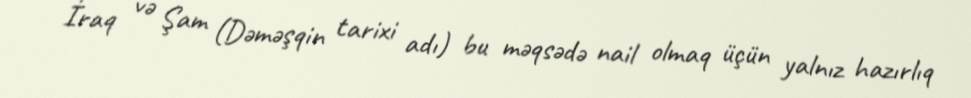
İraq və Şam (Dəməşqin tarixi adı) bu məqsədə nail olmaq üçün yalnız hazırlıq